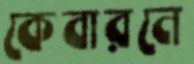
কেবারনে